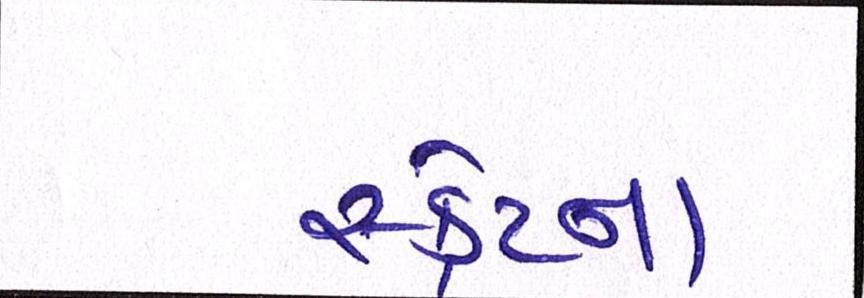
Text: સ્ક્રેપ્ના